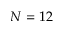
N = 1 2